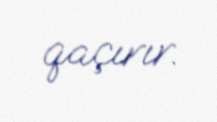
qaçırır.